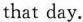
that day.